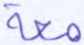
معه